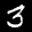
Label: 3